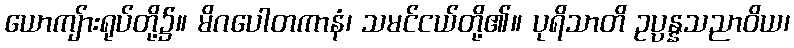
ယောကျ်ားရုပ်တို့၌။ မိဂပေါတကာနံ၊ သမင်ငယ်တို့၏။ ပုရိသာတိ ဥပ္ပန္နသညာဝိယ၊